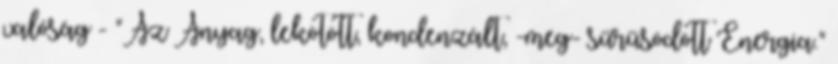
valóság - "Az Anyag, lekötött, kondenzált, -meg- sűrűsödött Energia."